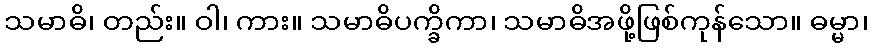
သမာဓိ၊ တည်း။ ဝါ၊ ကား။ သမာဓိပက္ခိကာ၊ သမာဓိအဖို့ဖြစ်ကုန်သော။ ဓမ္မာ၊